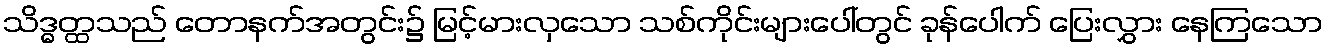
သိဒ္ဓတ္ထသည် တောနက်အတွင်း၌ မြင့်မားလှသော သစ်ကိုင်းများပေါ်တွင် ခုန်ပေါက် ပြေးလွှား နေကြသော